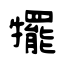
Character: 犤